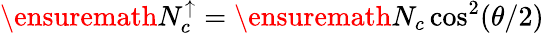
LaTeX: \ensuremath{N_{c}^{\uparrow}}=\ensuremath{N_{c}}\cos^{2}(\theta/2)